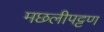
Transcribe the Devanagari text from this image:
मछलीपट्टण